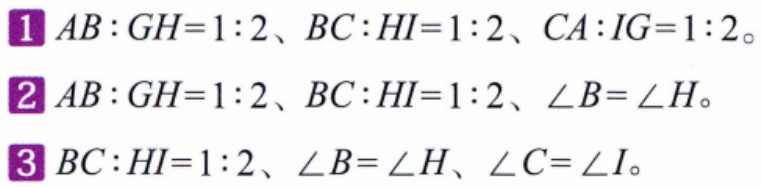
1. \(AB:GH = 1:2\)、\(BC:HI = 1:2\)、\(CA:IG = 1:2\)。

2. \(AB:GH = 1:2\)、\(BC:HI = 1:2\)、\(\angle B=\angle H\)。

3. \(BC:HI = 1:2\)、\(\angle B=\angle H\)、\(\angle C=\angle I\)。